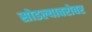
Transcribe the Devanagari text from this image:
सोडल्याबरोबर